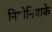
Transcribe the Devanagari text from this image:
निमोनियाके